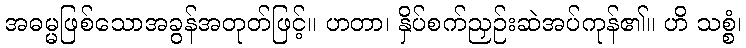
အဓမ္မဖြစ်သောအခွန်အတုတ်ဖြင့်။ ဟတာ၊ နှိပ်စက်ညှဉ်းဆဲအပ်ကုန်၏။ ဟိ သစ္စံ၊